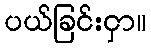
ပယ်ခြင်းငှာ။